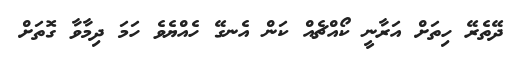
ދޭތެރޭ ހިތަށް އަރާނީ ކޯއްޗެއް ކަން އެނގޭ ހެއްޔެވެ ހަމަ ދިމާވާ ގޮތަށް